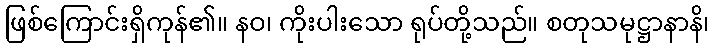
ဖြစ်ကြောင်းရှိကုန်၏။ နဝ၊ ကိုးပါးသော ရုပ်တို့သည်။ စတုသမုဋ္ဌာနာနိ၊